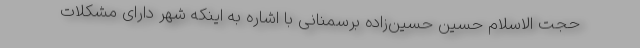
حجت الاسلام حسین حسین‌زاده برسمنانی با اشاره به اینکه شهر دارای مشکلات